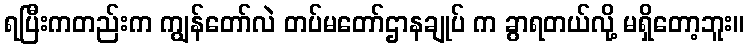
ရပြီးကတည်းက ကျွန်တော်လဲ တပ်မတော်ဌာနချုပ် က ခွာရတယ်လို့ မရှိတော့ဘူး။